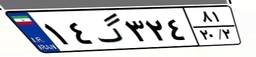
۱۴گ۳۲۴۸۱